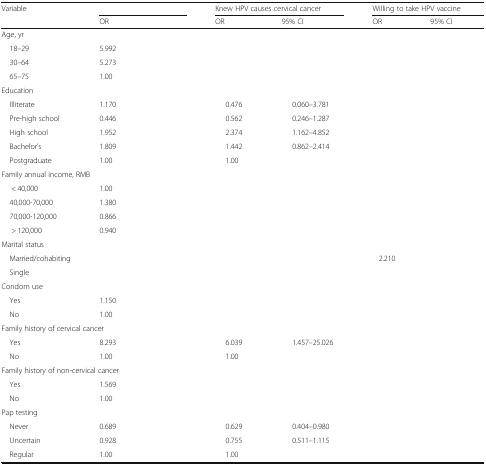
<table><thead><tr><td rowspan="2"><b>Variable</b></td><td colspan="2">[EMPTY_CELL]</td><td colspan="2"><b>Knew HPV causes cervical cancer</b></td><td colspan="2"><b>Willing to take HPV vaccine</b></td></tr><tr><td><b>OR</b></td><td>[EMPTY_CELL]</td><td><b>OR</b></td><td><b>95% CI</b></td><td><b>OR</b></td><td><b>95% CI</b></td></tr></thead><tbody><tr><td colspan="7">Age, yr</td></tr><tr><td> 18–29</td><td>5.992</td><td>[EMPTY_CELL]</td><td>[EMPTY_CELL]</td><td>[EMPTY_CELL]</td><td>[EMPTY_CELL]</td><td>[EMPTY_CELL]</td></tr><tr><td> 30–64</td><td>5.273</td><td>[EMPTY_CELL]</td><td>[EMPTY_CELL]</td><td>[EMPTY_CELL]</td><td>[EMPTY_CELL]</td><td>[EMPTY_CELL]</td></tr><tr><td> 65–75</td><td>1.00</td><td>[EMPTY_CELL]</td><td>[EMPTY_CELL]</td><td>[EMPTY_CELL]</td><td>[EMPTY_CELL]</td><td>[EMPTY_CELL]</td></tr><tr><td colspan="7">Education</td></tr><tr><td> Illiterate</td><td>1.170</td><td>[EMPTY_CELL]</td><td>0.476</td><td>0.060–3.781</td><td>[EMPTY_CELL]</td><td>[EMPTY_CELL]</td></tr><tr><td> Pre-high school</td><td>0.446</td><td>[EMPTY_CELL]</td><td>0.562</td><td>0.246–1.287</td><td>[EMPTY_CELL]</td><td>[EMPTY_CELL]</td></tr><tr><td> High school</td><td>1.952</td><td>[EMPTY_CELL]</td><td>2.374</td><td>1.162–4.852</td><td>[EMPTY_CELL]</td><td>[EMPTY_CELL]</td></tr><tr><td> Bachelor’s</td><td>1.809</td><td>[EMPTY_CELL]</td><td>1.442</td><td>0.862–2.414</td><td>[EMPTY_CELL]</td><td>[EMPTY_CELL]</td></tr><tr><td> Postgraduate</td><td>1.00</td><td>[EMPTY_CELL]</td><td>1.00</td><td>[EMPTY_CELL]</td><td>[EMPTY_CELL]</td><td>[EMPTY_CELL]</td></tr><tr><td colspan="7">Family annual income, RMB</td></tr><tr><td>&lt; 40,000</td><td>1.00</td><td>[EMPTY_CELL]</td><td>[EMPTY_CELL]</td><td>[EMPTY_CELL]</td><td>[EMPTY_CELL]</td><td>[EMPTY_CELL]</td></tr><tr><td> 40,000-70,000</td><td>1.380</td><td>[EMPTY_CELL]</td><td>[EMPTY_CELL]</td><td>[EMPTY_CELL]</td><td>[EMPTY_CELL]</td><td>[EMPTY_CELL]</td></tr><tr><td> 70,000-120,000</td><td>0.866</td><td>[EMPTY_CELL]</td><td>[EMPTY_CELL]</td><td>[EMPTY_CELL]</td><td>[EMPTY_CELL]</td><td>[EMPTY_CELL]</td></tr><tr><td>&gt; 120,000</td><td>0.940</td><td>[EMPTY_CELL]</td><td>[EMPTY_CELL]</td><td>[EMPTY_CELL]</td><td>[EMPTY_CELL]</td><td>[EMPTY_CELL]</td></tr><tr><td colspan="7">Marital status</td></tr><tr><td> Married/cohabiting</td><td>[EMPTY_CELL]</td><td>[EMPTY_CELL]</td><td>[EMPTY_CELL]</td><td>[EMPTY_CELL]</td><td>2.210</td><td>[EMPTY_CELL]</td></tr><tr><td> Single</td><td>[EMPTY_CELL]</td><td>[EMPTY_CELL]</td><td>[EMPTY_CELL]</td><td>[EMPTY_CELL]</td><td>[EMPTY_CELL]</td><td>[EMPTY_CELL]</td></tr><tr><td colspan="7">Condom use</td></tr><tr><td> Yes</td><td>1.150</td><td>[EMPTY_CELL]</td><td>[EMPTY_CELL]</td><td>[EMPTY_CELL]</td><td>[EMPTY_CELL]</td><td>[EMPTY_CELL]</td></tr><tr><td> No</td><td>1.00</td><td>[EMPTY_CELL]</td><td>[EMPTY_CELL]</td><td>[EMPTY_CELL]</td><td>[EMPTY_CELL]</td><td>[EMPTY_CELL]</td></tr><tr><td colspan="7">Family history of cervical cancer</td></tr><tr><td> Yes</td><td>8.293</td><td>[EMPTY_CELL]</td><td>6.039</td><td>1.457–25.026</td><td>[EMPTY_CELL]</td><td>[EMPTY_CELL]</td></tr><tr><td> No</td><td>1.00</td><td>[EMPTY_CELL]</td><td>1.00</td><td>[EMPTY_CELL]</td><td>[EMPTY_CELL]</td><td>[EMPTY_CELL]</td></tr><tr><td colspan="7">Family history of non-cervical cancer</td></tr><tr><td> Yes</td><td>1.569</td><td>[EMPTY_CELL]</td><td>[EMPTY_CELL]</td><td>[EMPTY_CELL]</td><td>[EMPTY_CELL]</td><td>[EMPTY_CELL]</td></tr><tr><td> No</td><td>1.00</td><td>[EMPTY_CELL]</td><td>[EMPTY_CELL]</td><td>[EMPTY_CELL]</td><td>[EMPTY_CELL]</td><td>[EMPTY_CELL]</td></tr><tr><td colspan="7">Pap testing</td></tr><tr><td> Never</td><td>0.689</td><td>[EMPTY_CELL]</td><td>0.629</td><td>0.404–0.980</td><td>[EMPTY_CELL]</td><td>[EMPTY_CELL]</td></tr><tr><td> Uncertain</td><td>0.928</td><td>[EMPTY_CELL]</td><td>0.755</td><td>0.511–1.115</td><td>[EMPTY_CELL]</td><td>[EMPTY_CELL]</td></tr><tr><td> Regular</td><td>1.00</td><td>[EMPTY_CELL]</td><td>1.00</td><td>[EMPTY_CELL]</td><td>[EMPTY_CELL]</td><td>[EMPTY_CELL]</td></tr></tbody></table>